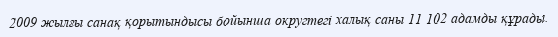
2009 жылғы санақ қорытындысы бойынша округтегі халық саны 11 102 адамды құрады.